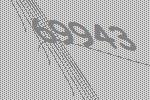
69943